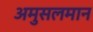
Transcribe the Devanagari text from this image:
अमुसलमान